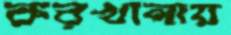
করখানায়